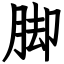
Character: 脚